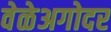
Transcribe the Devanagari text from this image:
वेळेअगोदर